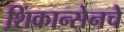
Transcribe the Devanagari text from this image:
शिंकान्सेनचे